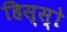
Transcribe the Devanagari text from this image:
हिस्‍स्‍ो